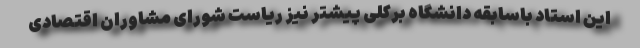
این استاد باسابقه دانشگاه برکلی پیشتر نیز ریاست شورای مشاوران اقتصادی